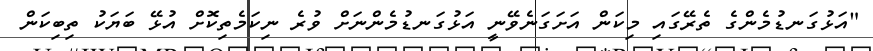
"އަޅުގަނޑުމެންގެ ތެރޭގައި މިކަން އަށަގަނެވޭނީ އަޅުގަނޑުމެންނަށް ވުރެ ނިކަމެތިކޮށް އުޅޭ ބަޔަކު ތިބިކަން